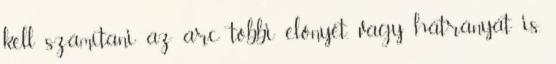
kell számítani az arc többi előnyét, vagy hátrányát is,